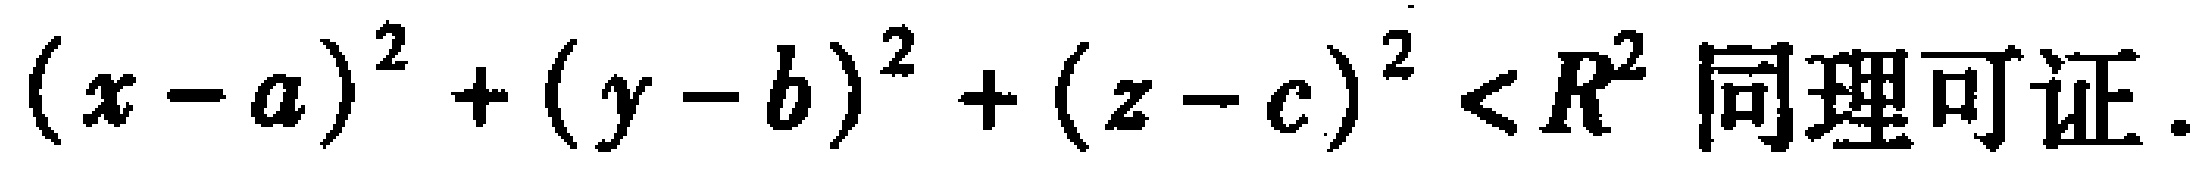
\((x - a)^2 + (y - b)^2 + (z - c)^2 < R^2 同理可证.\)